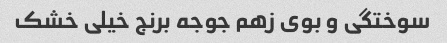
سوختگی و بوی زهم جوجه برنج خیلی خشک